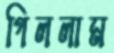
গিললাম